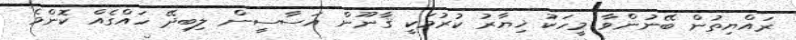
ރައްޔިތުން ބޭނުންވާ މީހަކު ޚިޔާރު ކުރުމަކީ ޤާނޫން އަސާސީން ލިބިދޭ ހައްގެއް ކޮންމެ